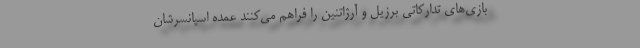
بازی‌های تدارکاتی برزیل و آرژاتنین را فراهم می‌کنند عمده اسپانسرشان